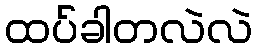
ထပ်ခါတလဲလဲ